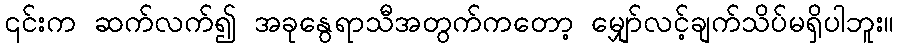
၎င်းက ဆက်လက်၍ အခုနွေရာသီအတွက်ကတော့ မျှော်လင့်ချက်သိပ်မရှိပါဘူး။